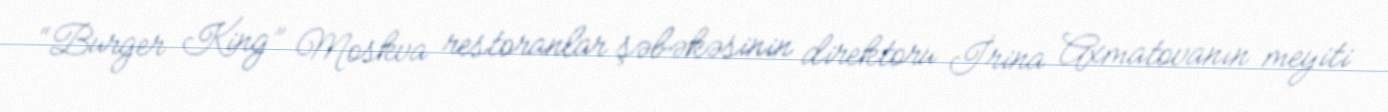
“Burger King” Moskva restoranlar şəbəkəsinin direktoru İrina Axmatovanın meyiti